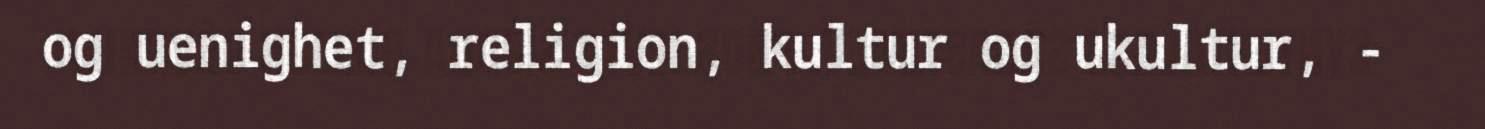
og uenighet, religion, kultur og ukultur, -